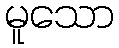
မူသော